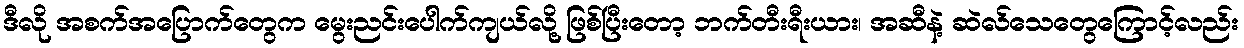
ဒီလို အစက်အပြောက်တွေက မွေးညင်းပေါက်ကျယ်လို့ ဖြစ်ပြီးတော့ ဘက်တီးရီးယား၊ အဆီနဲ့ ဆဲလ်သေတွေကြောင့်လည်း